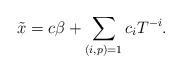
LaTeX: \begin{align*}\tilde{x}=c \beta+ \sum_{(i,p)=1} c_i T^{-i}.\end{align*}